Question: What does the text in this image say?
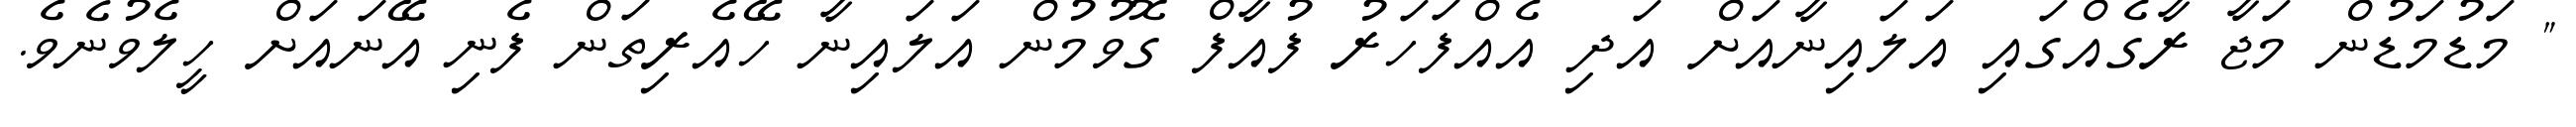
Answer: " މަޑުމަޑުން މަޖާ ރާގެއްގައި އަލައިނާއަށް އަދި އެއްފަހަރު ފުއާފް ގޮވުމުން އަލައިނާ ހޭއެރިތަން ފެނި އޭނައަށް ހީލެވުނެވެ.